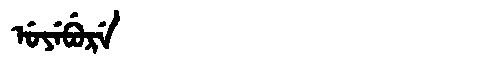
Manchu: ᡠᠶᡝᠪᡠᡵᡝ
Romanization: UYEBURE